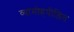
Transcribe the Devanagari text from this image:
व्यामोहपीड़ित